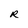
Character: R